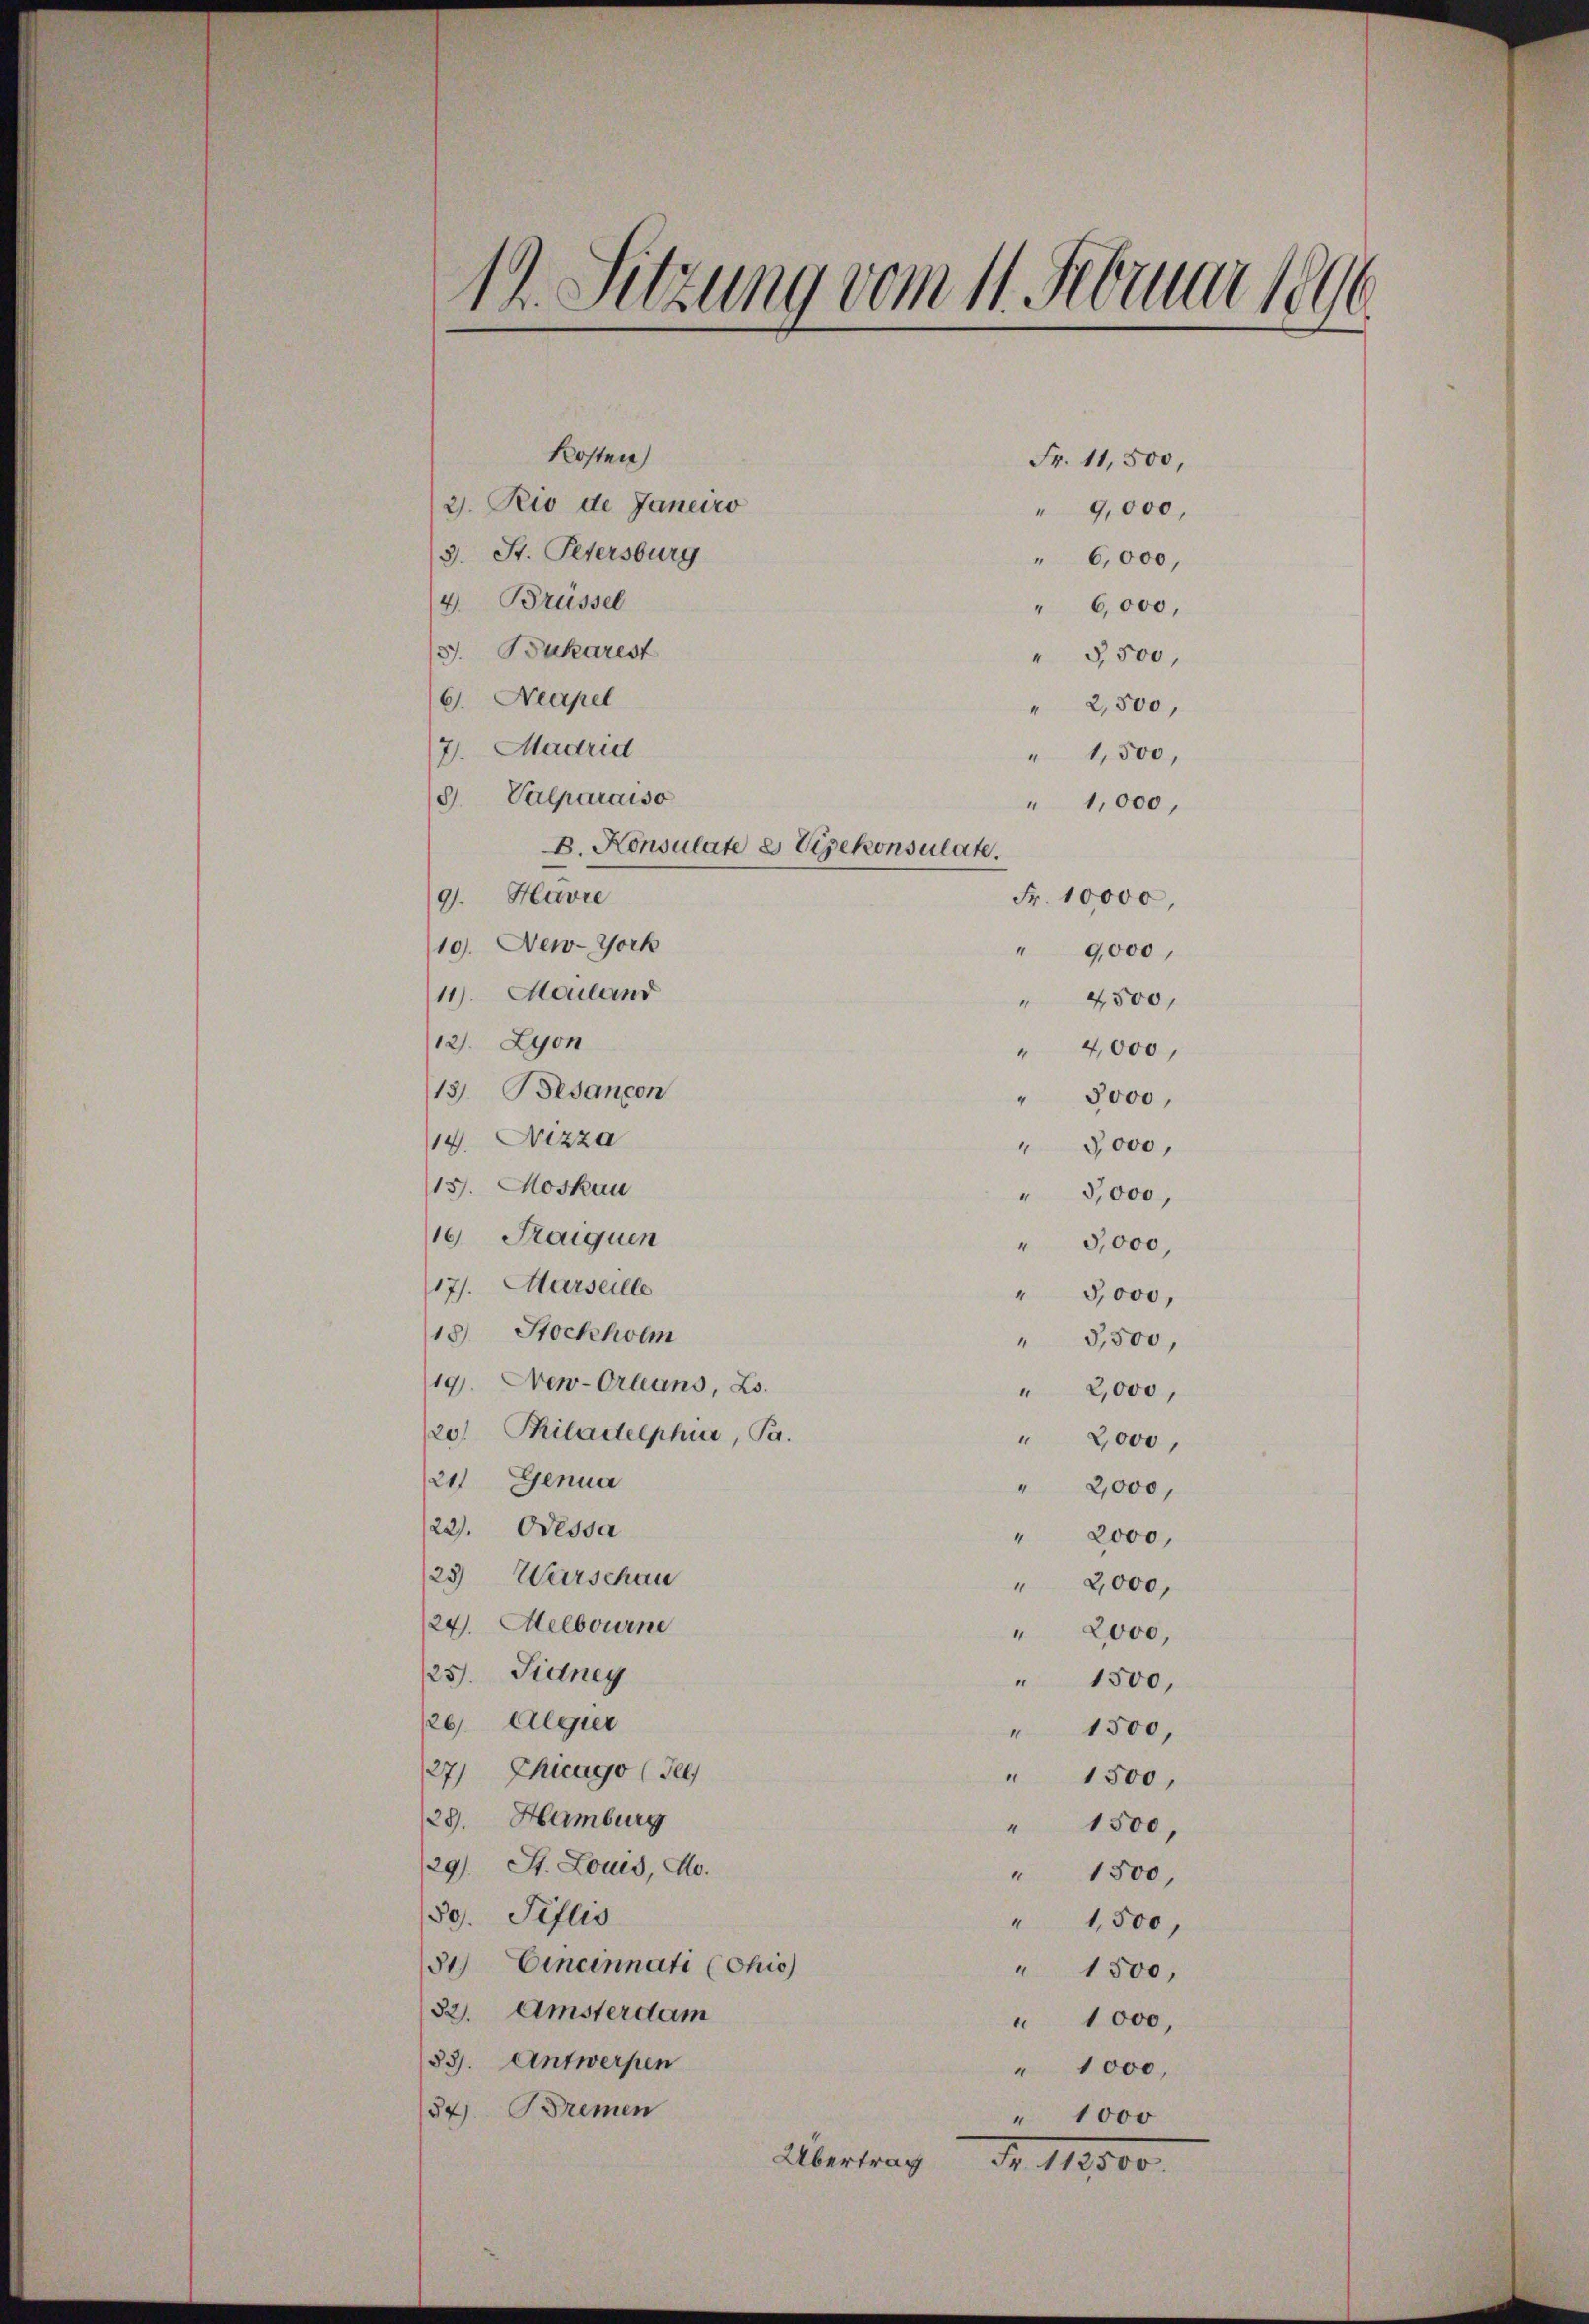
Kosten)
2). Rio de Janeiro
3. St. Petersburg
4. Brüssel
S. Bukarest
6. Neapel
7. Madrid
18. Valparaiso
B. Konsulate es Vizekonsulate.
9). Havre
19. New-York
11). Mailand
12. Lyon
13) Besançon
14. Nizza
13. Moskau
10 Fraiquen
17. Marseille
18 Stockholm
19. New-Orleans, Lo
20 Piladelphur, Pr.
211 Genua
22). Odessa
23) Wurschau
24. Melbourne
25). Sidney
/26 Algier
27) Chicago (Tee
29. Hamburg
(29). St. Louis, No.
Sg. Peflis
31) Eineinnati (Chio)
32). Amsterdam
53). Antwerpen
54. Bremen

17. Sitzung vom 11. Februar 1896

Übertrag

Fr. 11,500,
" 9,000,

" 2,500,
" 1,500,
" 1,000,
Fr. 10,000,
" 9000,
 4500,
" 4,000,
" 3000,
" 3000,
" 5,000,
" 5,000,

4

“

1

" 6,000,
" 6,000,
" 5,500,

47.
4
1
" 1000,
" 1000,
1000
N. 11300.

5000,
3,500,
2,000,
2000,
2,000,
2000,
2,000,
2000,
" 1500,
" 1500,
" 1500,
1500,
1500,
" 1,500,
" 1500,